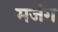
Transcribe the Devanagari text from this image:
मजंग